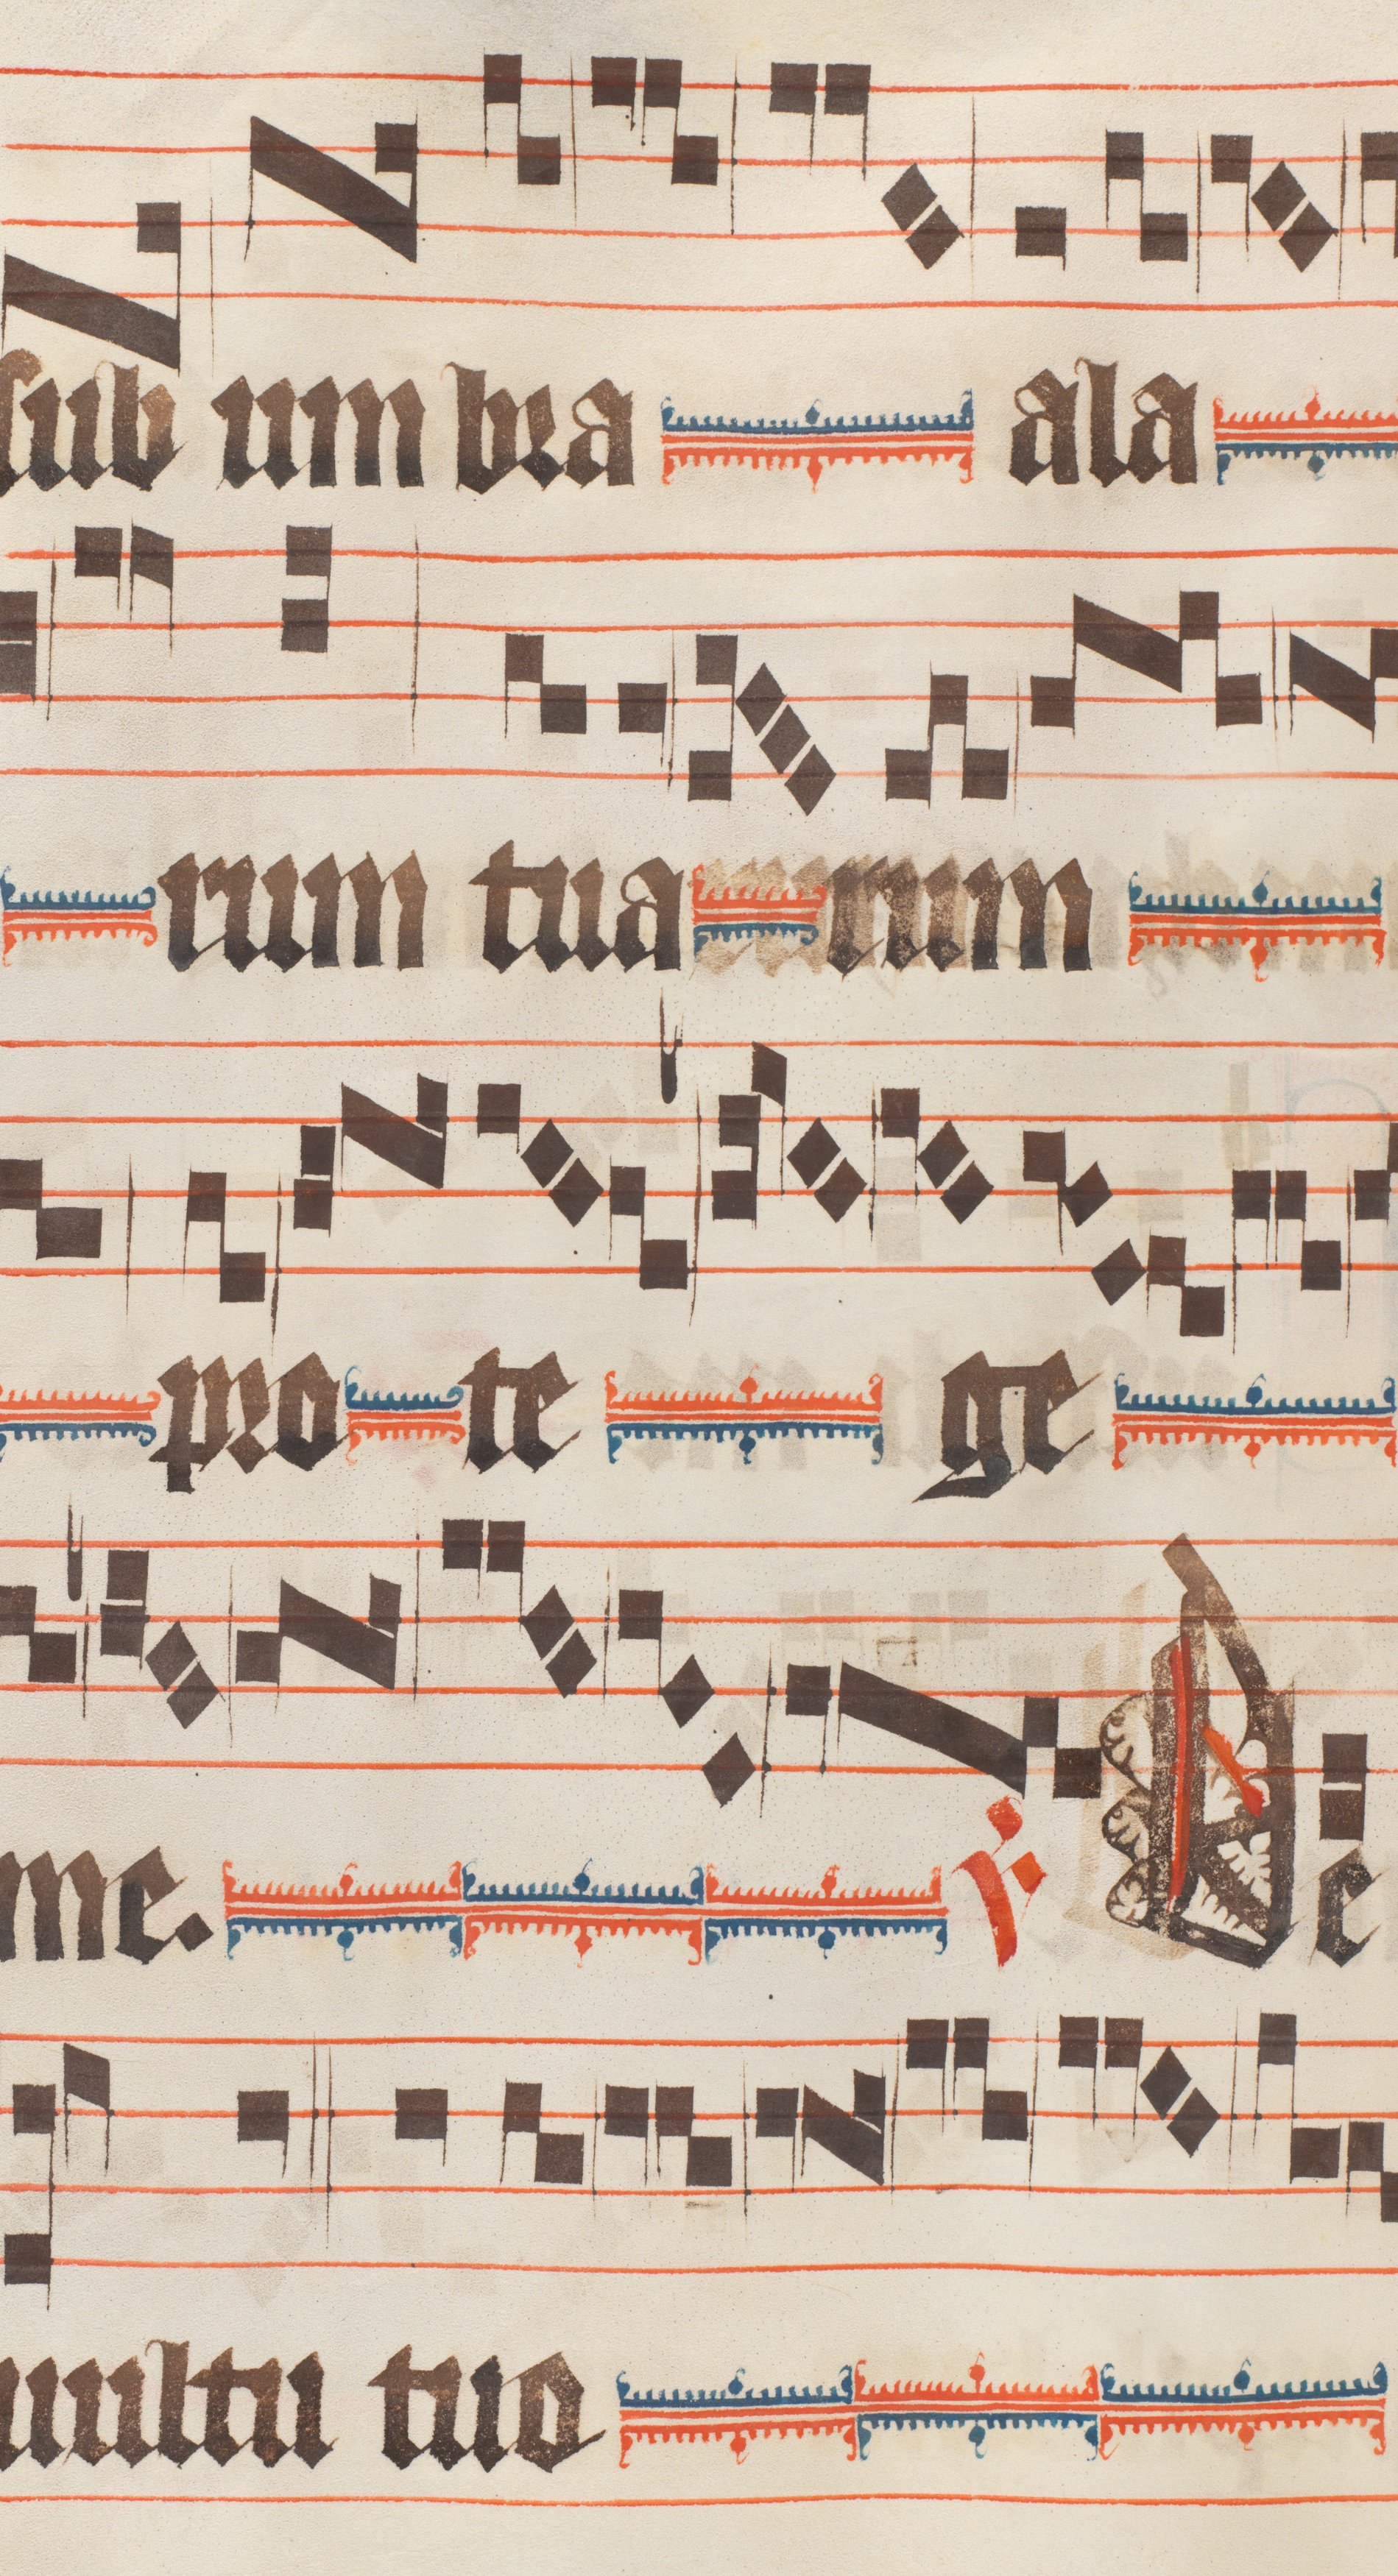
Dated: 1330–1335